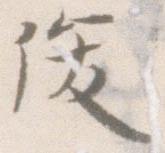
俊